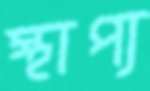
স্থাপ্য